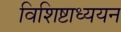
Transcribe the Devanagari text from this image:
विशिष्टाध्ययन